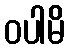
ဝပါမိ